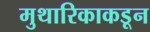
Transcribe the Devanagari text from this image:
मुथारिकाकडून